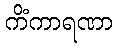
ကိံကာရဏာ